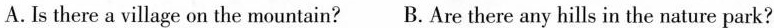
A.Is there a village on the mountain? B.Are there any hills in the nature park?